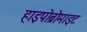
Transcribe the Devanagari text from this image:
हाइपोब्रोमाइट